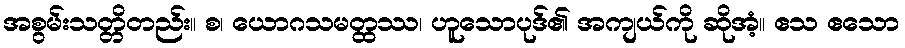
အစွမ်းသတ္တိတည်း။ စ၊ ယောဂသမတ္ထဿ၊ ဟူသောပုဒ်၏ အကျယ်ကို ဆိုအံ့။ ဧသ ဧသော